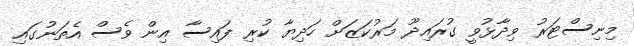
މިނިސްޓަރު ވިދާޅުވީ ގުރައިދޫ މަރުކަޒަށް ހަދިޔާ ކުރި ފައިސާ އިން ވެސް އެތަނުގައި